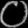
Digit: ၀